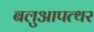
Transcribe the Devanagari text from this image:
बलुआपत्थर